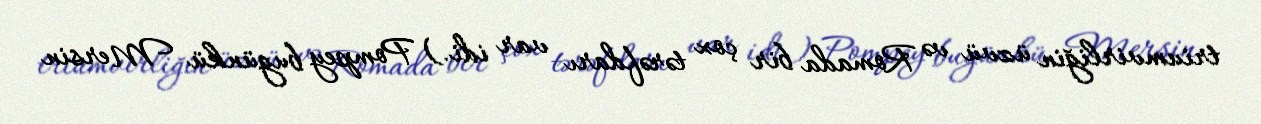
triumvirliğin üzvü və Romada bir çox tərəfdarı var idi.) Pompey bugünkü Mersin